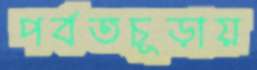
পর্বতচূড়ায়